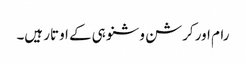
رام اور کرشن وشنو ہی کے اوتار ہیں۔